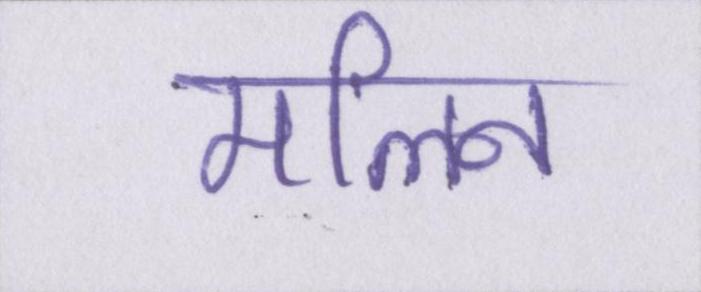
मलिन